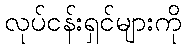
လုပ်ငန်းရှင်များကို